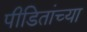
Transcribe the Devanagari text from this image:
पीडितांच्या